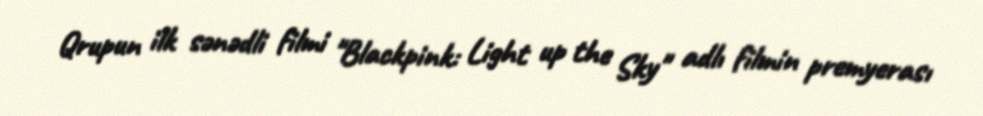
Qrupun ilk sənədli filmi "Blackpink: Light up the Sky" adlı filmin premyerası